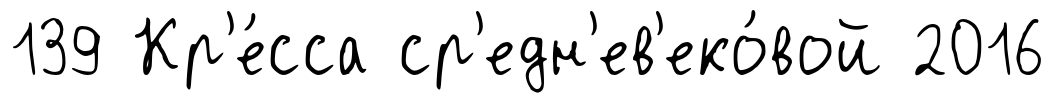
139 Кр'е́сса ср'едн'ев'еко́вой 2016